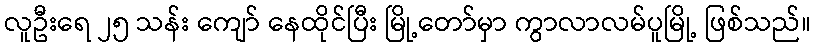
လူဦးရေ ၂၅ သန်း ကျော် နေထိုင်ပြီး မြို့တော်မှာ ကွာလာလမ်ပူမြို့ ဖြစ်သည်။